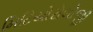
મિટિયોરોલોજી